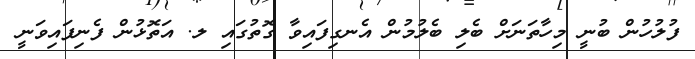
ފުލުހުން ބުނީ މިހާތަނަށް ބެލި ބެލުމުން އެނގިފައިވާ ގޮތުގައި ލ. އަތޮޅުން ފެނިފައިވަނީ